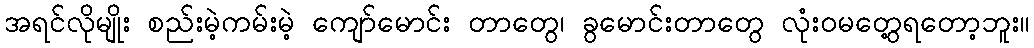
အရင်လိုမျိုး စည်းမဲ့ကမ်းမဲ့ ကျော်မောင်း တာတွေ၊ ခွမောင်းတာတွေ လုံးဝမတွေ့ရတော့ဘူး။